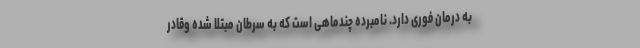
به درمان فوری دارد. نامبرده چندماهی است که به سرطان مبتلا شده وقادر